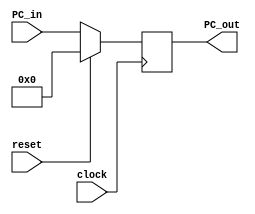
module PC(clock, reset, PC_in, PC_out);
	
	parameter Addr_W = 32;
	input clock, reset;
	input [Addr_W-1:0] PC_in;
	output reg [Addr_W-1:0] PC_out;
	
	always @ (posedge clock) begin
		if(reset==1'b1)
			PC_out<=0;
		else
			PC_out<=PC_in;
	end
endmodule